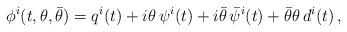
LaTeX: \begin{align*}\phi^i(t,\theta,\bar\theta)=q^i(t)+i\theta\,\psi^i(t)+i\bar\theta\,\bar\psi^i(t)+\bar\theta\theta\,d^i(t)\,,\end{align*}